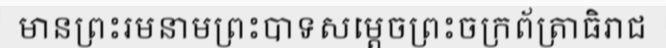
មានព្រះរមនាមព្រះបាទសម្តេចព្រះចក្រព័ត្រាធិរាជ